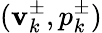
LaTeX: (\mathbf{v}_{k}^{\pm},p_{k}^{\pm})